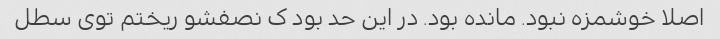
اصلا خوشمزه نبود. مانده بود. در این حد بود ک نصفشو ریختم توی سطل